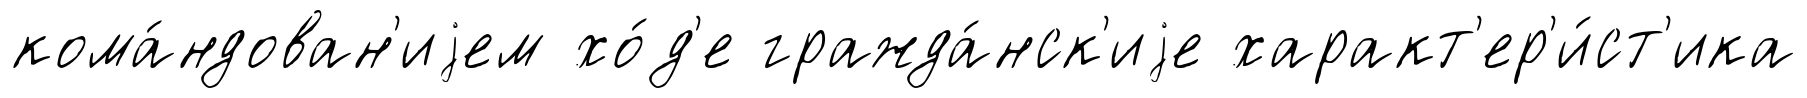
кома́ндован'иjем хо́д'е гражда́нск'иjе характ'ер'и́ст'ика